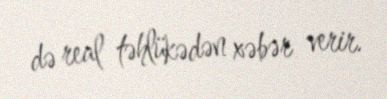
də real təhlükədən xəbər verir.